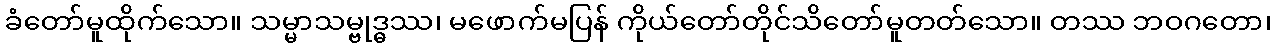
ခံတော်မူထိုက်သော။ သမ္မာသမ္ဗုဒ္ဓဿ၊ မဖောက်မပြန် ကိုယ်တော်တိုင်သိတော်မူတတ်သော။ တဿ ဘဝဂတော၊